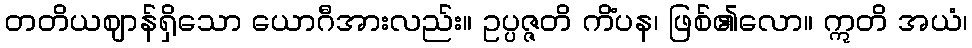
တတိယဈာန်ရှိသော ယောဂီအားလည်း။ ဥပ္ပဇ္ဇတိ ကိံပန၊ ဖြစ်၏လော။ ဣတိ အယံ၊